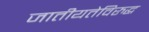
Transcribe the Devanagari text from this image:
जातीयतेविरुद्ध